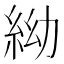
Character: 𥿌